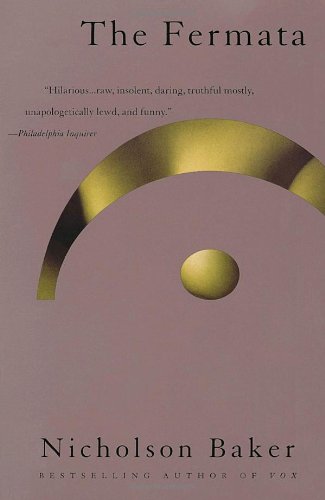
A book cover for The Fermata; Nicholson Baker; Romance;